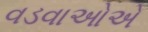
વડવાઓએ